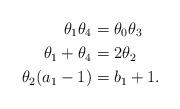
LaTeX: \begin{align*}\theta_1 \theta_4 &= \theta_0 \theta_3 \\\theta_1 + \theta_4 &= 2\theta_2 \\\theta_2 (a_1 -1) &= b_1 +1. \end{align*}